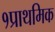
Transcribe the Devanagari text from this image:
१प्राथमिक